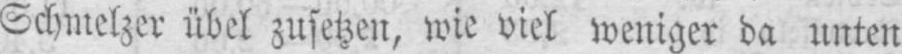
Schmelzer übel zusetzen, wie viel weniger da unten